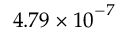
4 . 7 9 \times { 1 0 } ^ { - 7 }